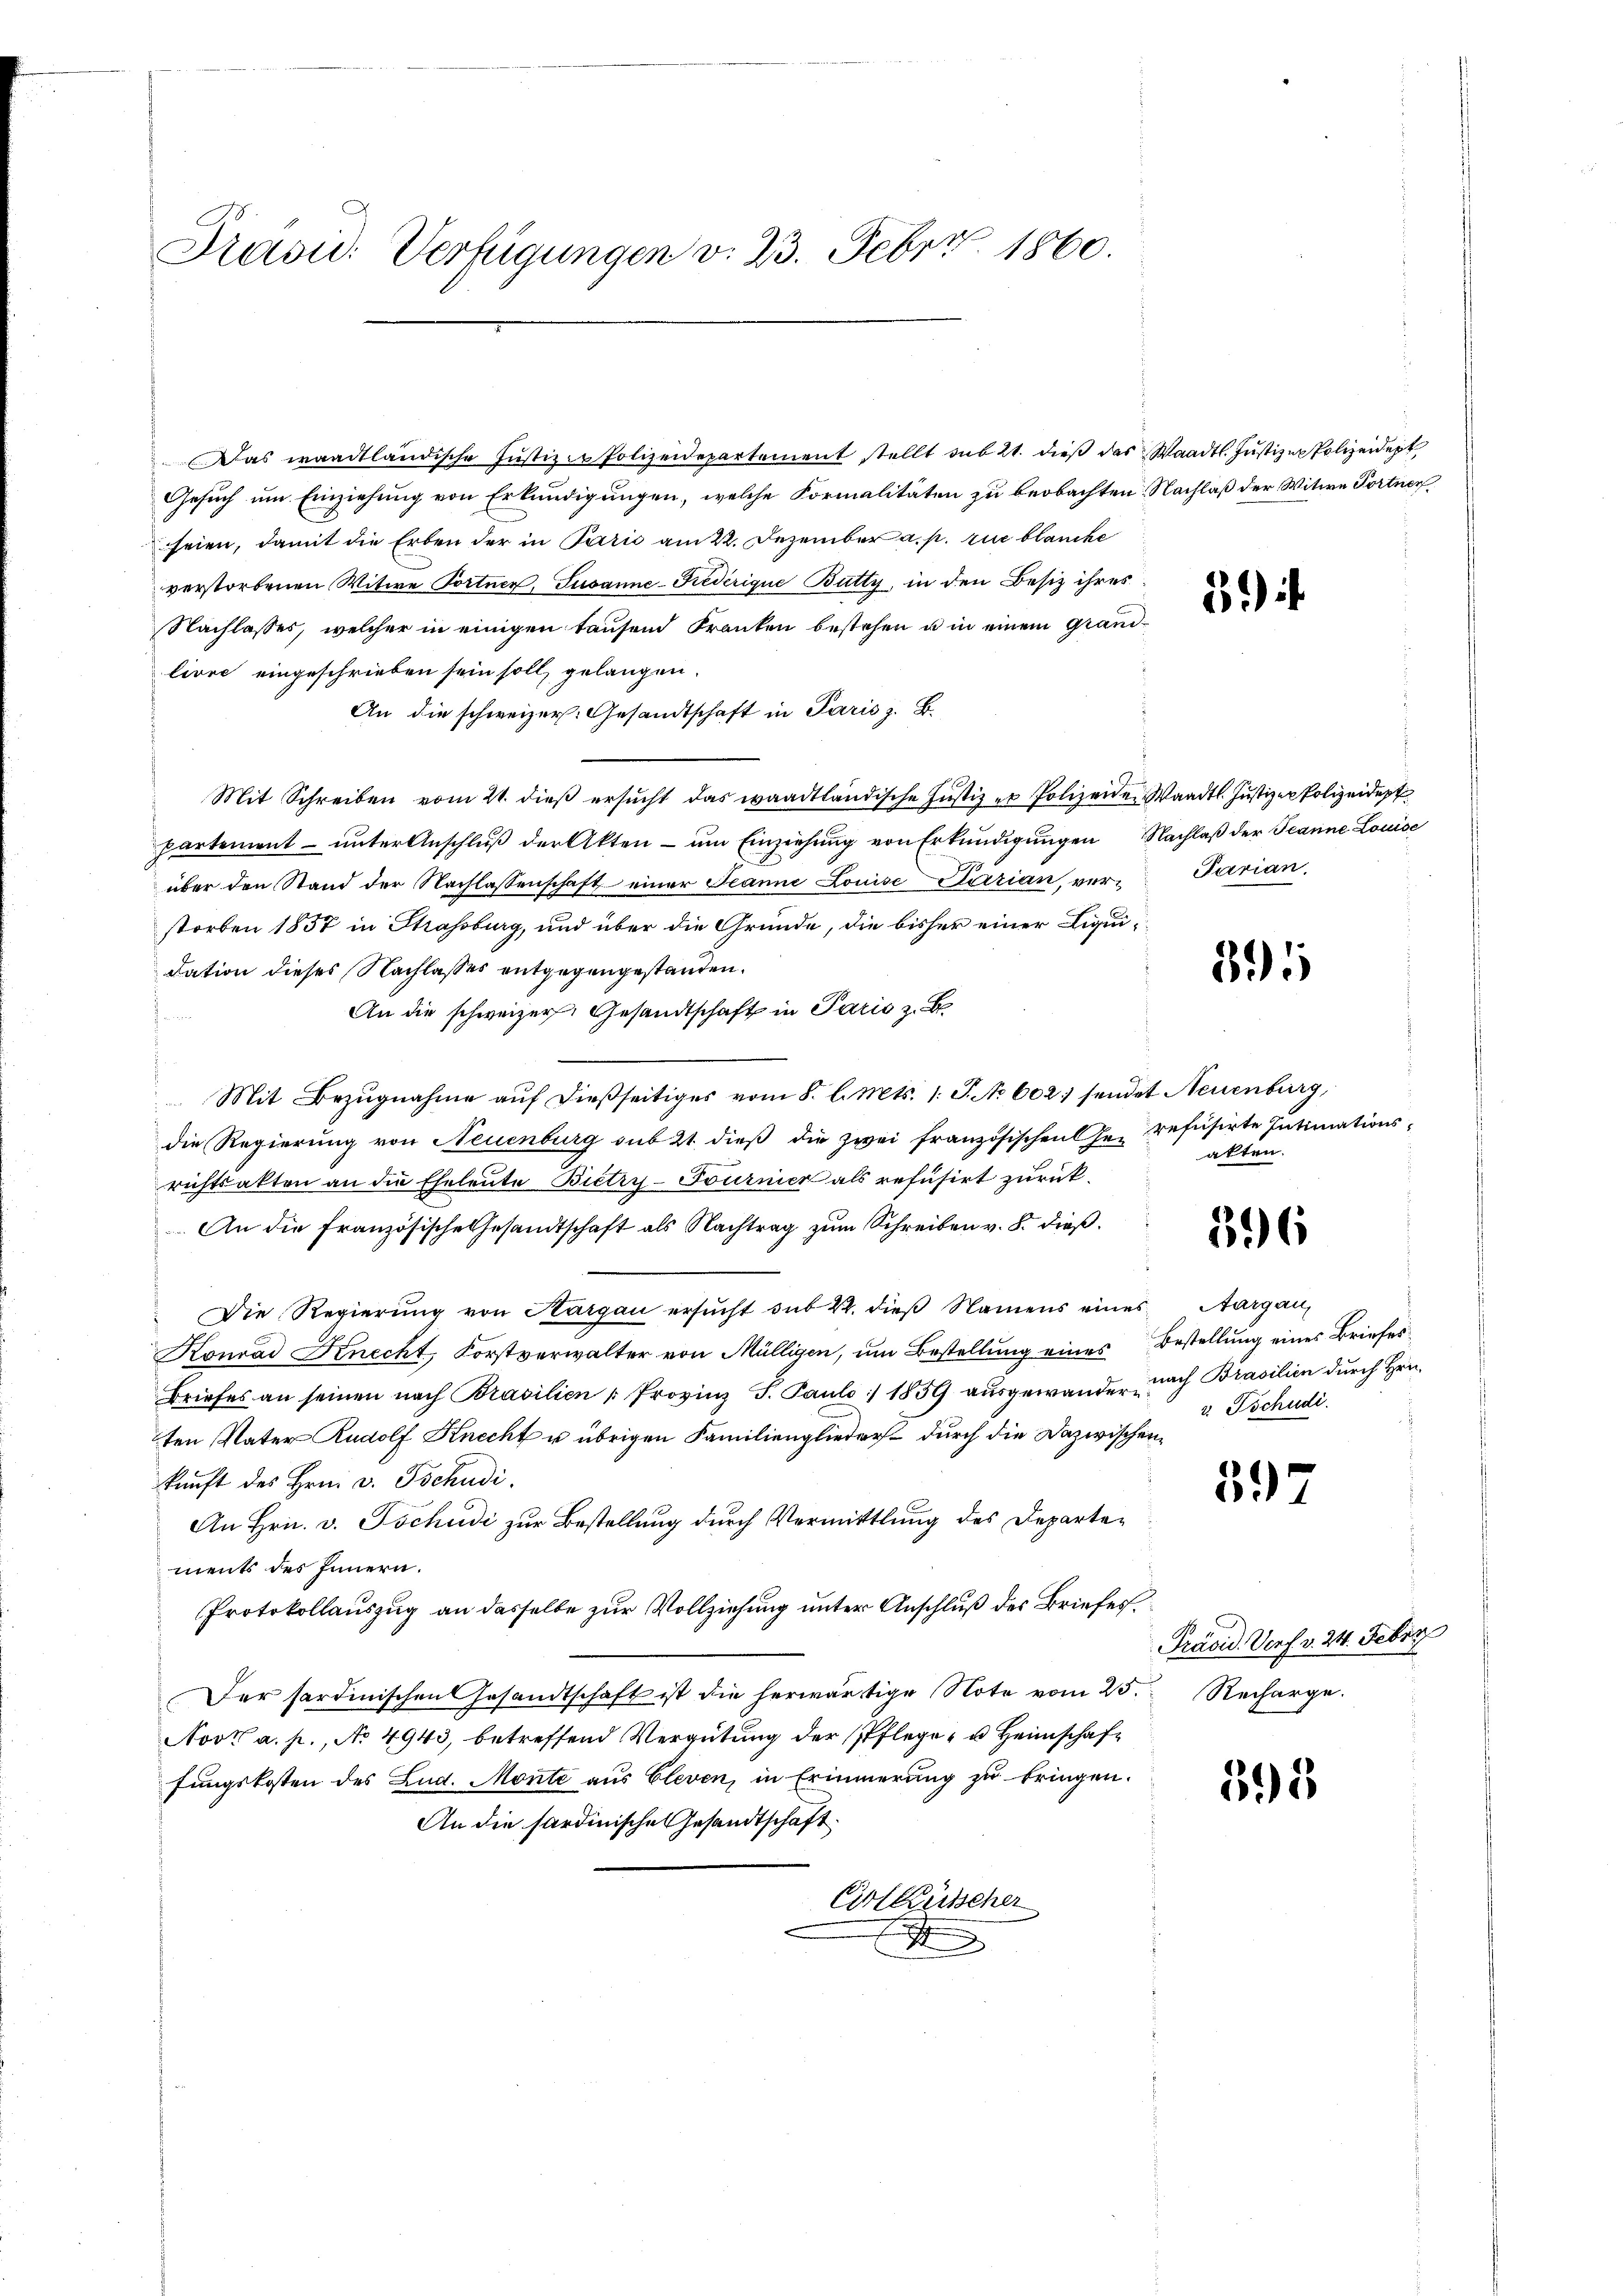
Präsid. Verfügungen v. 23. Febr. 1860.

Das waadtländische Justizen Polizeidepartement stellt sub 21. dieß das Waadt Justizen Polizeident
Gesuch um Einziehung von Erkundigungen, welche Formalitäten zu beobachten Nachlaß der Witwe Portner
seien, damit die Erben der in Parić am 22. Dezember a. p. zu blauche
verstorbenen Witwe Portner, Susanne-Federique Butty, in den Besiz ihres
Nachlasses, welcher in einigen tausend Franken bestehen u in einem Grandlivre eingeschrieben sein soll, gelangen.
An die schweizer. Gesandtschaft in Paris z. B.
Mit Schreiben vom 21. dieß ersŭcht das waadtländische Justiz zu Polizeiden Waadt. Justizer Polizeidept
partement ŭnter Anschlŭβ der Akten ŭm Einziehŭng von Erkŭndigŭngen Nachlaβ der Jeanne Louise
über den Stand der Nachlassenschaft einer Jeanne Louise Parian, ver-Parian.
storben 1857 in Strassburg, und über die Gründe, die bisher einer Liquidation dieses Nachlasses entgegengestanden.
An die schweizer. Gesandtschaft in Paris z. B
s
 Mit Bezŭgnahme aŭf dießseitiges vom 8. l. Mts. 1. P. No 602. sendet Neuenburg,
die Regierung von Neuenburg sub 21 dieß die zwei französischen Ge- refusirte Intimations-
richtsakten an die Eheleute Bietry-Tournier als refusirt zurück¬
An die Französische Gesandtschaft als Nachtrag zŭm Schreiben v. 8. dieß¬
Die Regierŭng von Aargau ersŭcht sub 22. dieβ Namens eines Aargau,
Konrad Knecht, Forstverwalter von Mülligen, um Bestellung eines Bestellung eines Briefes¬
Briefes an seinen nach Brasilien " Provinz F. Paulo:/ 1859 aŭsgewander, nach Brasilien durch Hrn.
ten Vater Rudolf Knecht u übrigen Familienglieder durch die Dazwischenkunft des Hrn. v. Tschudi.
An Hrn. v. Tschudi zur Bestellung durch Vermittlung des Departements des Innern.
Protokollauszug an dasselbe zur Vollziehung unter Anschluß des Briefes¬
Der sardinischen Gesandtschaft ist die herwärtige Note vom 25. Recharge.
Novk a. p., No 4943, betreffend Vergütung der Pflege u Heimschaffungskosten des Lud. Monte aus Cleven, in Erinnerung zu bringen.
An die sardinische Gesandtschaft
Einlausscher
A

3

39

akten.

396

v. Tschudi.

397

Prävid. Dorf v. 24. Febru

395